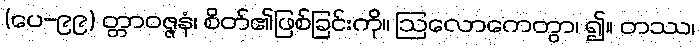
(ပေ-၉၉) တ္တာဝဇ္ဇနံ၊ စိတ်၏ဖြစ်ခြင်းကို။ ဩလောကေတွာ၊ ၍။ တဿ၊